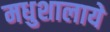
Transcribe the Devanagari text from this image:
मधुशालाये